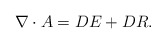
\begin{align*}\nabla \cdot A = DE + DR.\end{align*}